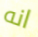
انه